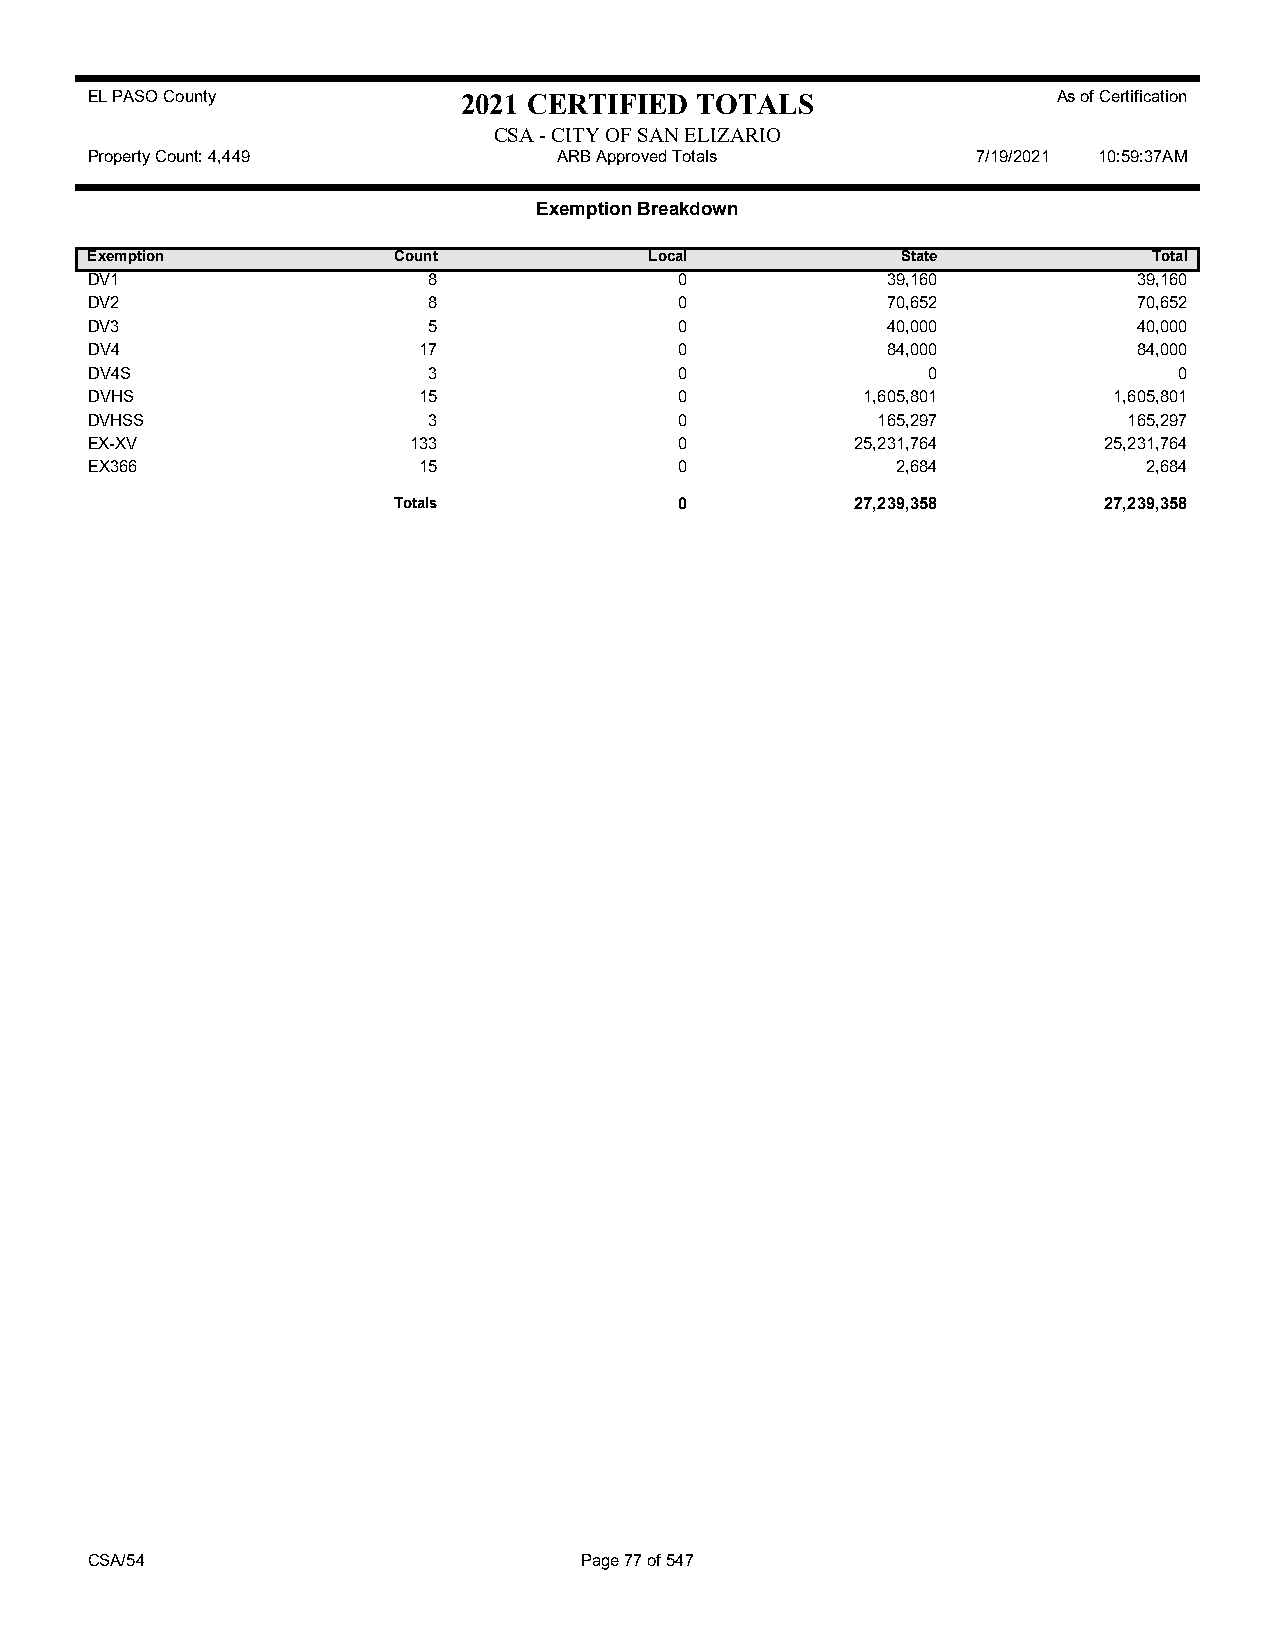
EL PASO County           2021 CERTIFIED TOTALS                  As of Certification
 CSA - CITY OF SAN ELIZARIO
 Property Count: 4,449          ARB Approved Totals         7/19/2021 10:59:37AM
 Exemption Breakdown
 Exemption           Count            Local            State           Total
 DV1                   8                0             39,160          39,160
 DV2                   8                0             70,652          70,652
 DV3                   5                0             40,000          40,000
 DV4                   17               0             84,000          84,000
 DV4S                  3                0               0                0
 DVHS                  15               0           1,605,801        1,605,801
 DVHSS                 3                0            165,297          165,297
 EX-XV                133               0           25,231,764      25,231,764
 EX366                 15               0             2,684            2,684
 Totals             0           27,239,358      27,239,358
 CSA/54                          Page 77 of 547